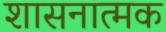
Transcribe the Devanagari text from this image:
शासनात्मक